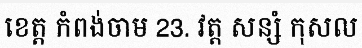
ខេត្ត កំពង់ចាម 23. វត្ត សន្សំ កុសល